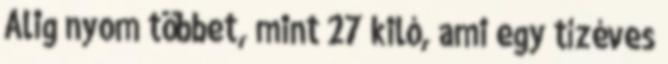
Alig nyom többet, mint 27 kiló, ami egy tízéves